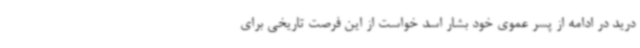
درید در ادامه از پسر عموی خود بشار اسد خواست از این فرصت تاریخی برای